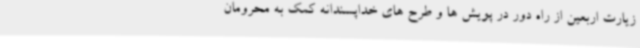
زیارت اربعین از راه دور در پویش ها و طرح های خداپسندانه کمک به محرومان